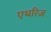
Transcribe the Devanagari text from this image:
एथरिज